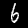
Digit: 6